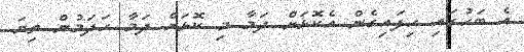
އެ ބަހުގައި ހިފައިގެން އެކޮޅަށް ދަމާ މި ކޮޅަށް ދަމާ ހަދަމުން ތިޔަ